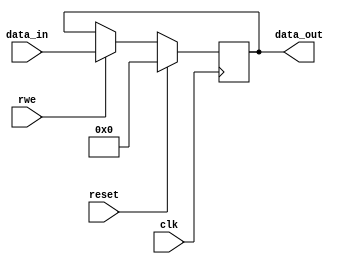
module single_reg32b(rwe, clk, reset, data_in, data_out);
	input clk, rwe,reset;
	input	 [31:0] data_in;
	output reg [31:0] data_out;
	always @ (posedge clk) begin 
		if (reset)
			data_out<=0;
		else if (rwe)
			data_out<=data_in;
	end
	
endmodule


module single_reg9b(rwe, clk, reset, data_in, data_out);
	input clk, rwe,reset;
	input	 [8:0] data_in;
	output reg [8:0] data_out;
	always @ (posedge clk) begin 
		if (reset)
			data_out<=0;
		else if (rwe)
			data_out<=data_in;
	end
endmodule
      
module single_reg8b(rwe, clk, reset, data_in, data_out);
	input clk, rwe,reset;
	input	 [7:0] data_in;
	output reg [7:0] data_out;
	always @ (posedge clk) begin 
		if (reset)
			data_out<=0;
		else if (rwe)
			data_out<=data_in;
	end
endmodule